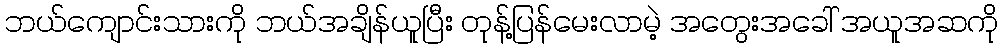
ဘယ်ကျောင်းသားကို ဘယ်အချိန်ယူပြီး တုန့်ပြန်မေးလာမဲ့ အတွေးအခေါ် အယူအဆကို